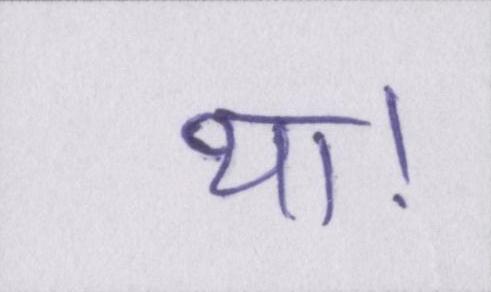
था।